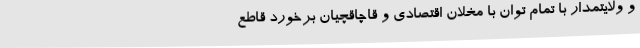
و ولایتمدار با تمام توان با مخلان اقتصادی و قاچاقچیان برخورد قاطع